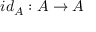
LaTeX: i d _ { A } : A \to A